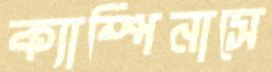
ক্যাম্পিনাসে